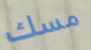
مسك